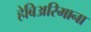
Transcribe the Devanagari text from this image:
हेबिअरिमाना